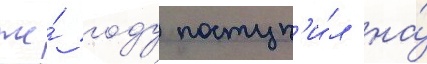
же́ году поступ'и́л на́